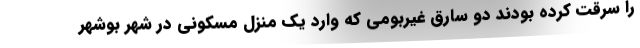
را سرقت کرده بودند دو سارق غیربومی که وارد یک منزل مسکونی در شهر بوشهر